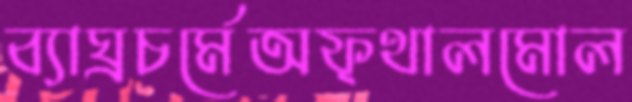
ব্যাঘ্রচর্মেঅফ্থালমোল